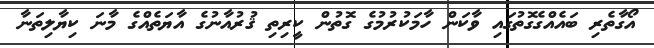
އޯގާތެރި ބައެއްގެގޮތުގައި ވާކަން ހާމަކުރުމުގެ ގޮތުން ކީރިތި ޤުރުއާނުގެ އާޔަތެއްގެ މާނަ ކިޔާލިތަނާ